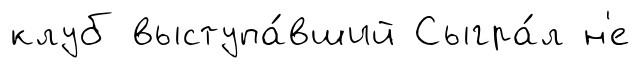
клуб выступа́вший Сыгра́л н'е